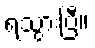
ရသွားပြီ။